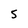
Character: 5